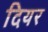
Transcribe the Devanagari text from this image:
दियर